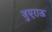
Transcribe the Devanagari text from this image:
जुएराऊ